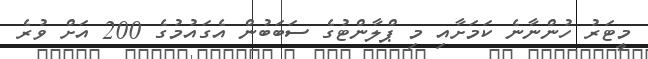
މީޓަރު ހުންނާނެ ކަމަށާއި މި ޕްލާންޓުގެ ސަަބަބުން އެގައުމުގެ 200 އަށް ވުރެ